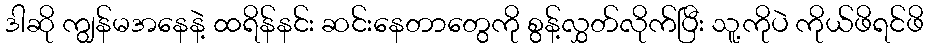
ဒါဆို ကျွန်မအနေနဲ့ ထရိန်နင်း ဆင်းနေတာတွေကို စွန့်လွှတ်လိုက်ပြီး သူ့ကိုပဲ ကိုယ်ဖိရင်ဖိ